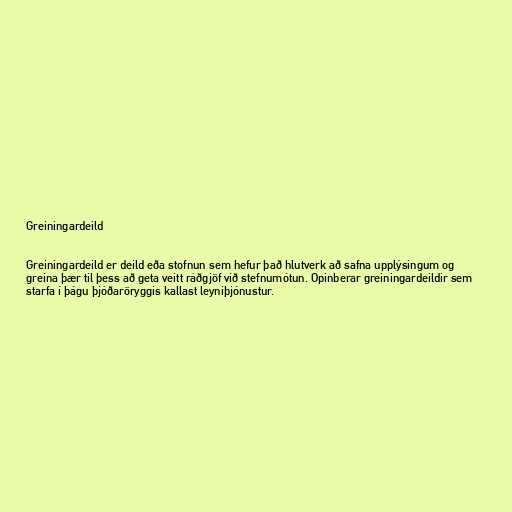
Greiningardeild

Greiningardeild er deild eða stofnun sem hefur það hlutverk að safna upplýsingum og
greina þær til þess að geta veitt ráðgjöf við stefnumótun. Opinberar greiningardeildir sem
starfa í þágu þjóðaröryggis kallast leyniþjónustur.